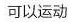
可以运动